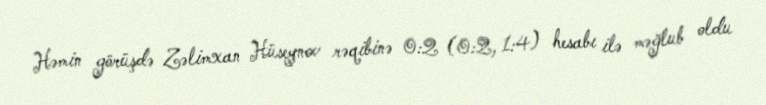
Həmin görüşdə Zəlimxan Hüseynov rəqibinə 0:2 (0:2, 1:4) hesabı ilə məğlub oldu